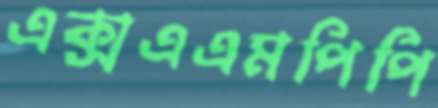
এক্সএএমপিপি